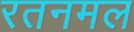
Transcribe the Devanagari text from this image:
रतनमल